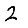
Digit: 2